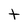
Character: t